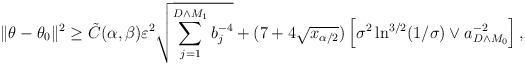
\begin{align*}\|\theta-\theta_0\|^2 \geq \tilde{C}(\alpha,\beta) \varepsilon^2 \sqrt{\sum_{j=1}^{D \wedge M_1} b_j^{-4}} + (7+4\sqrt{x_{\alpha/2}}) \left[\sigma^2 \ln^{3/2}(1/\sigma) \vee a^{-2}_{D \wedge M_0}\right],\end{align*}